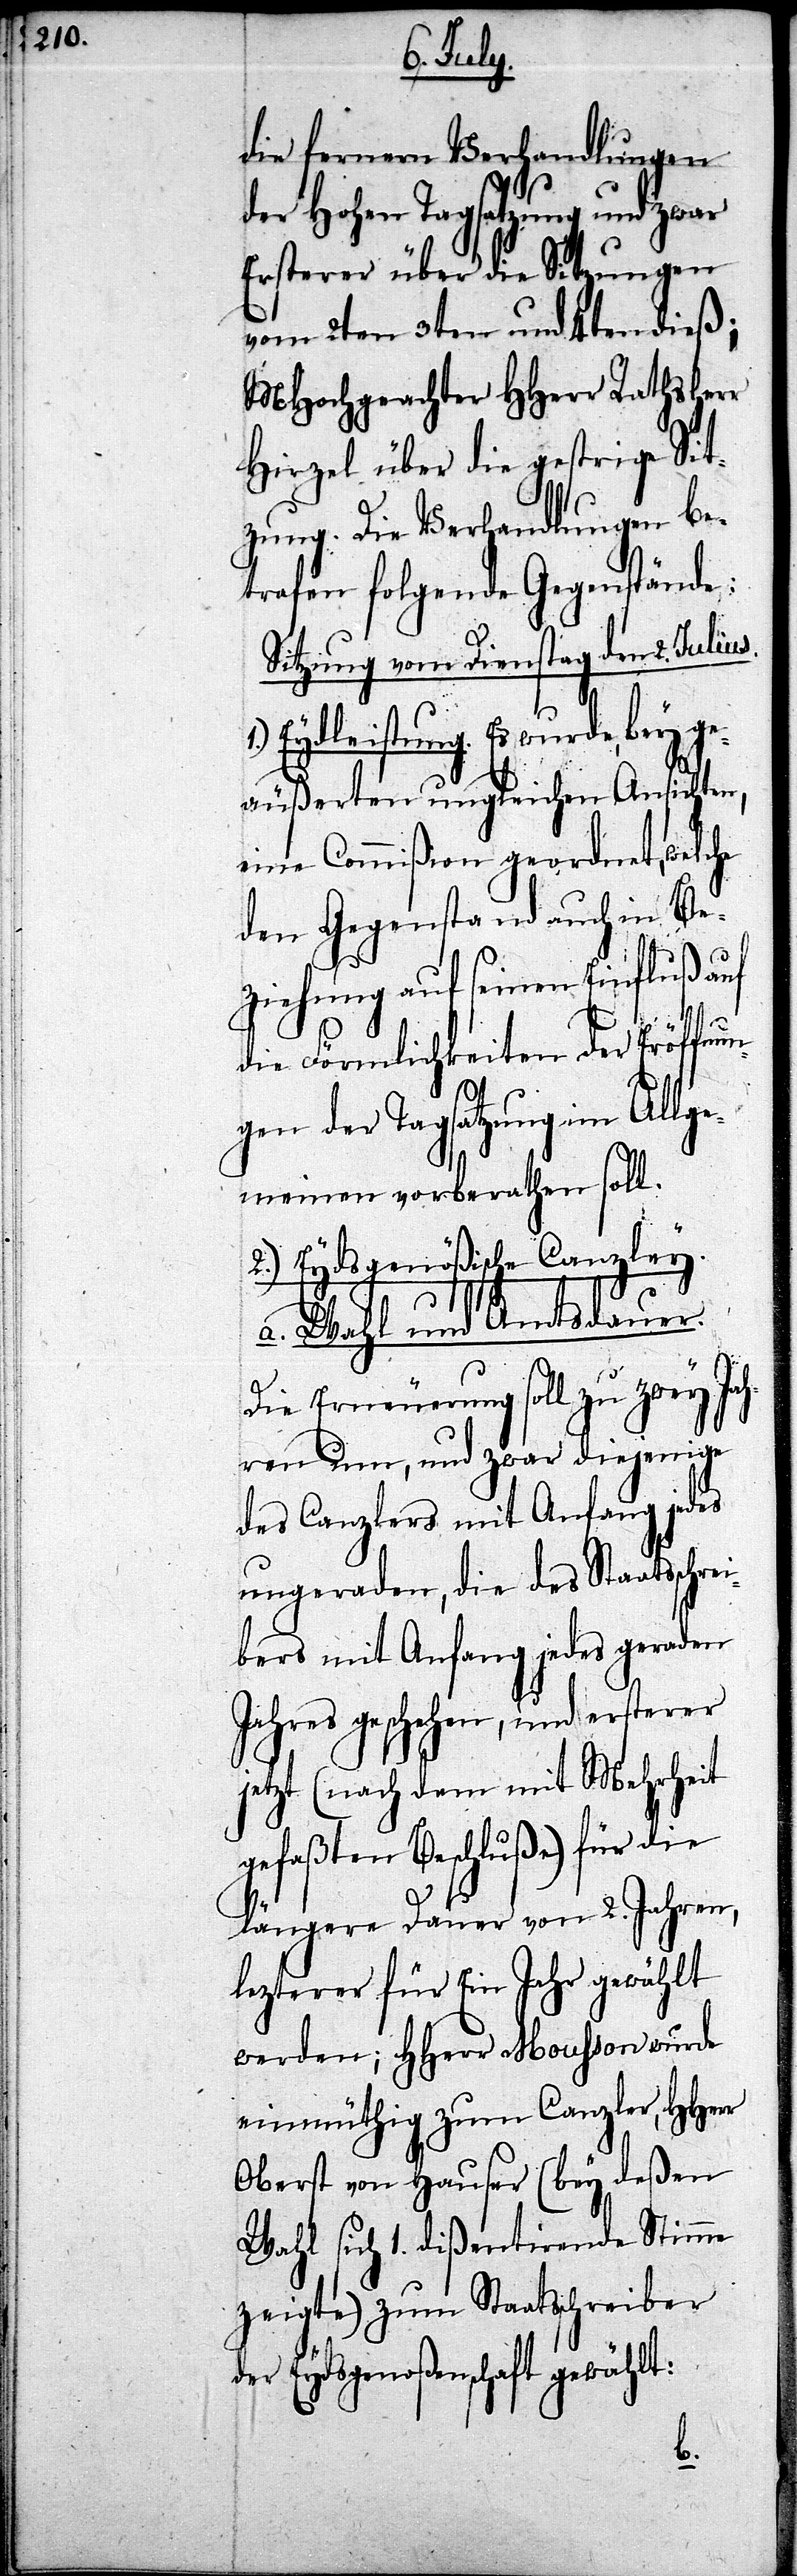
die fernern Verhandlungen
der Hohen Tagsatzung und zwar
Ersterer über die Sitzungen
vom 2te 3ten und 4ten dieß;
MHochgeachter HHerr Rathsherr
Hirzel über die gestrige Sit¬
zung. Die Verhandlungen be¬
trafen folgende Gegenstände:
Sitzung vom Dienstag den 2. Julius.
Eydleistung. Es wurde, bey ge¬
äußerten ungleichen Ansichten,
eine Commißion geordnet, welche
den Gegenstand auch in Be¬
ziehung auf seinen Einfluß auf
die Förmlichkeiten der Eröffnun¬
gen der Tagsatzung im Allge¬
meinen vorberathen soll.
2.) Eydsgenößische Canzley.
a. Wahl und Amtsdauer.
Die Erneuerung soll zu zwey Ja¬
hren um, und zwar diejenige
des Canzlers mit Anfang jedes
Jahres geschehen, und ersterer
jetzt (nachdem mit Mehrheit
gefaßten Beschluße) für die
längere Dauer von 2. Jahren,
lezterer für Ein Jahr gewählt
werden; HHerr Mousson wurde
einmüthig zum Canzler,
Oberst von Hauser (bey deßen
Wahl sich 1. dißentirende Stimme
zeigte) zum Staatsschreiber
er Eydsgenoßenschaft gewählt.
d¬